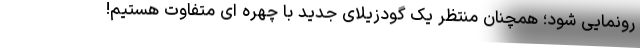
رونمایی شود؛ همچنان منتظر یک گودزیلای جدید با چهره ای متفاوت هستیم!